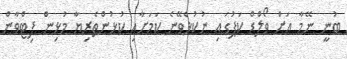
ބުނީ ނޭމާ އަށް ވޯލްޑް ކަޕުގައި ނުކުޅެވޭނެ ކަމަށާއި ކުޅުންތެރިޔާ މުޅިން ފިޓްވާން